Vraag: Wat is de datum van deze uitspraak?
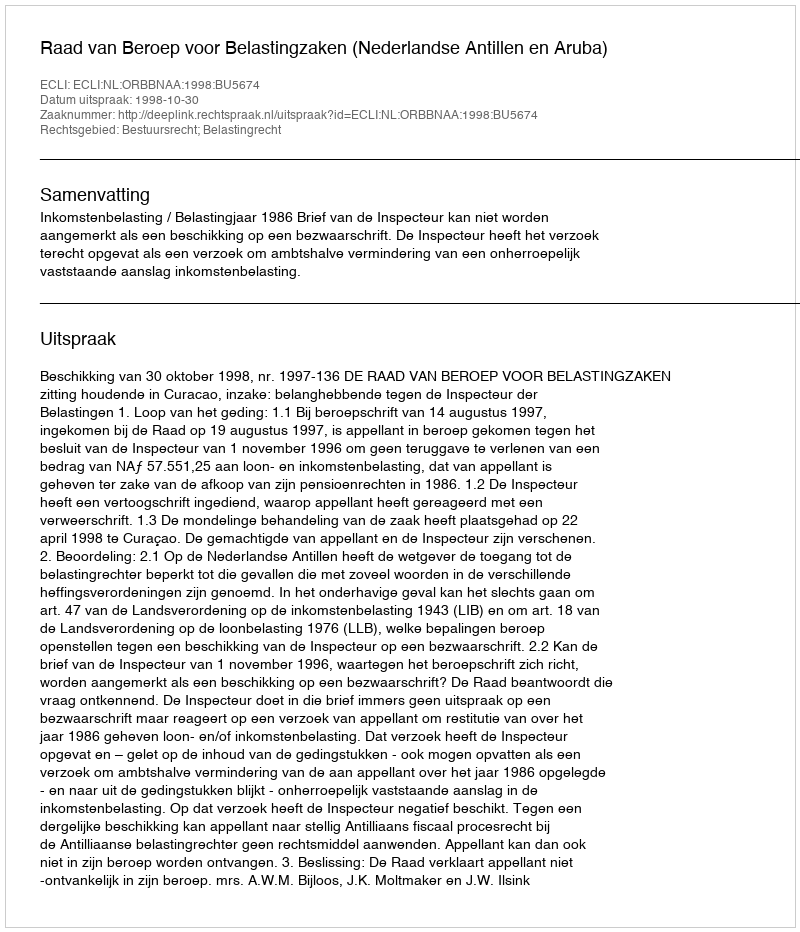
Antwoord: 1998-10-30